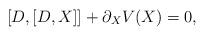
LaTeX: \begin{align*}[D,[D,X]] + \partial_X V(X)=0, \end{align*}